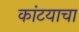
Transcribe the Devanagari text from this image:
कांटयाचा